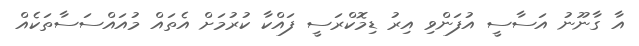
އާ ގާނޫނު އަސާސީ އުފަންވި އިރު ޑިމޮކްރަސީ ފައްކާ ކުރުމަށް އެތައް މުއައްސަސާތަކެއް